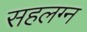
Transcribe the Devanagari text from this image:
सहलग्न